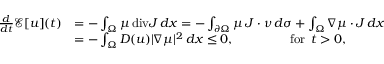
\begin{array} { r l } { \frac { d } { d t } \mathcal { E } [ u ] ( t ) } & { = - \int _ { \Omega } \mu \, \mathrm { d i v } J \, d x = - \int _ { \partial \Omega } \mu \, J \cdot \nu \, d \sigma + \int _ { \Omega } \nabla \mu \cdot J \, d x } \\ & { = - \int _ { \Omega } D ( u ) | \nabla \mu | ^ { 2 } \, d x \leq 0 , \qquad \qquad \mathrm { ~ f o r ~ } \, t > 0 , } \end{array}